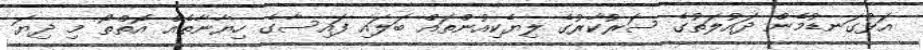
އަޅުގަނޑުމެން ދައުލަތުގެ ސަރުކާރުގެ ލިޔެކިއުންތައް ބަލައި ފައިސާގެ ހިޔާނާތެއް އޮތްތޯ މި ދިޔަ